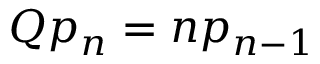
Q p _ { n } = n p _ { n - 1 }